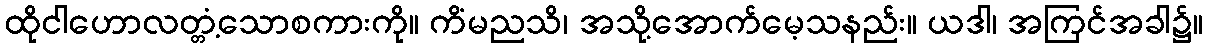
ထိုငါဟောလတ္တံ့သောစကားကို။ ကိံမညသိ၊ အသို့အောက်မေ့သနည်း။ ယဒါ၊ အကြင်အခါ၌။